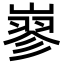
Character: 𡻪